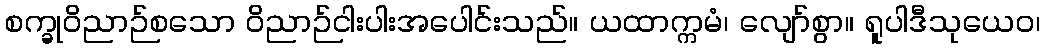
စက္ခုဝိညာဉ်စသော ဝိညာဉ်ငါးပါးအပေါင်းသည်။ ယထာက္ကမံ၊ လျော်စွာ။ ရူပါဒီသုယေဝ၊